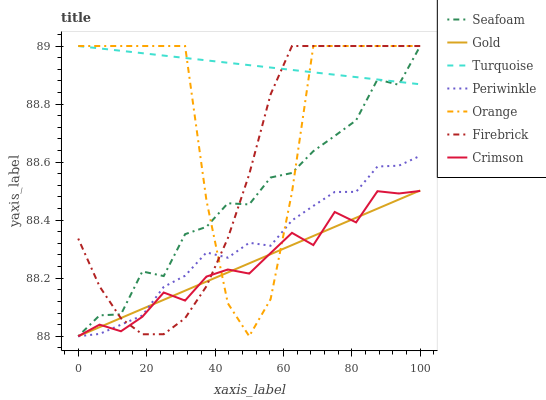
| xaxis_label | Seafoam | Gold | Turquoise | Periwinkle | Orange | Firebrick | Crimson |
 | --- | --- | --- | --- | --- | --- | --- | --- |
 | 0 | 88 | 88 | 89 | 88 | 89 | 88.3 | 88 |
 | 6.25 | 88.1 | 88 | 89 | 88 | 89 | 88.2 | 88 |
 | 12.5 | 88.1 | 88.1 | 89 | 88 | 89 | 88.1 | 88 |
 | 18.8 | 88.2 | 88.1 | 89 | 88.1 | 89 | 88 | 88.1 |
 | 25 | 88.2 | 88.1 | 89 | 88.2 | 89 | 88 | 88.2 |
 | 31.2 | 88.4 | 88.2 | 89 | 88.2 | 89 | 88.1 | 88.1 |
 | 37.5 | 88.4 | 88.2 | 89 | 88.3 | 88.5 | 88.2 | 88.2 |
 | 43.8 | 88.5 | 88.2 | 88.9 | 88.3 | 88.1 | 88.3 | 88.2 |
 | 50 | 88.5 | 88.3 | 88.9 | 88.3 | 88 | 88.6 | 88.2 |
 | 56.2 | 88.5 | 88.3 | 88.9 | 88.3 | 88.1 | 88.8 | 88.3 |
 | 62.5 | 88.6 | 88.3 | 88.9 | 88.4 | 88.5 | 89 | 88.4 |
 | 68.8 | 88.6 | 88.3 | 88.9 | 88.4 | 89 | 89 | 88.3 |
 | 75 | 88.7 | 88.4 | 88.9 | 88.5 | 89 | 89 | 88.4 |
 | 81.2 | 88.7 | 88.4 | 88.9 | 88.5 | 89 | 89 | 88.4 |
 | 87.5 | 88.9 | 88.4 | 88.9 | 88.6 | 89 | 89 | 88.5 |
 | 93.8 | 88.9 | 88.5 | 88.9 | 88.6 | 89 | 89 | 88.5 |
 | 100 | 89 | 88.5 | 88.9 | 88.6 | 89 | 89 | 88.5 |